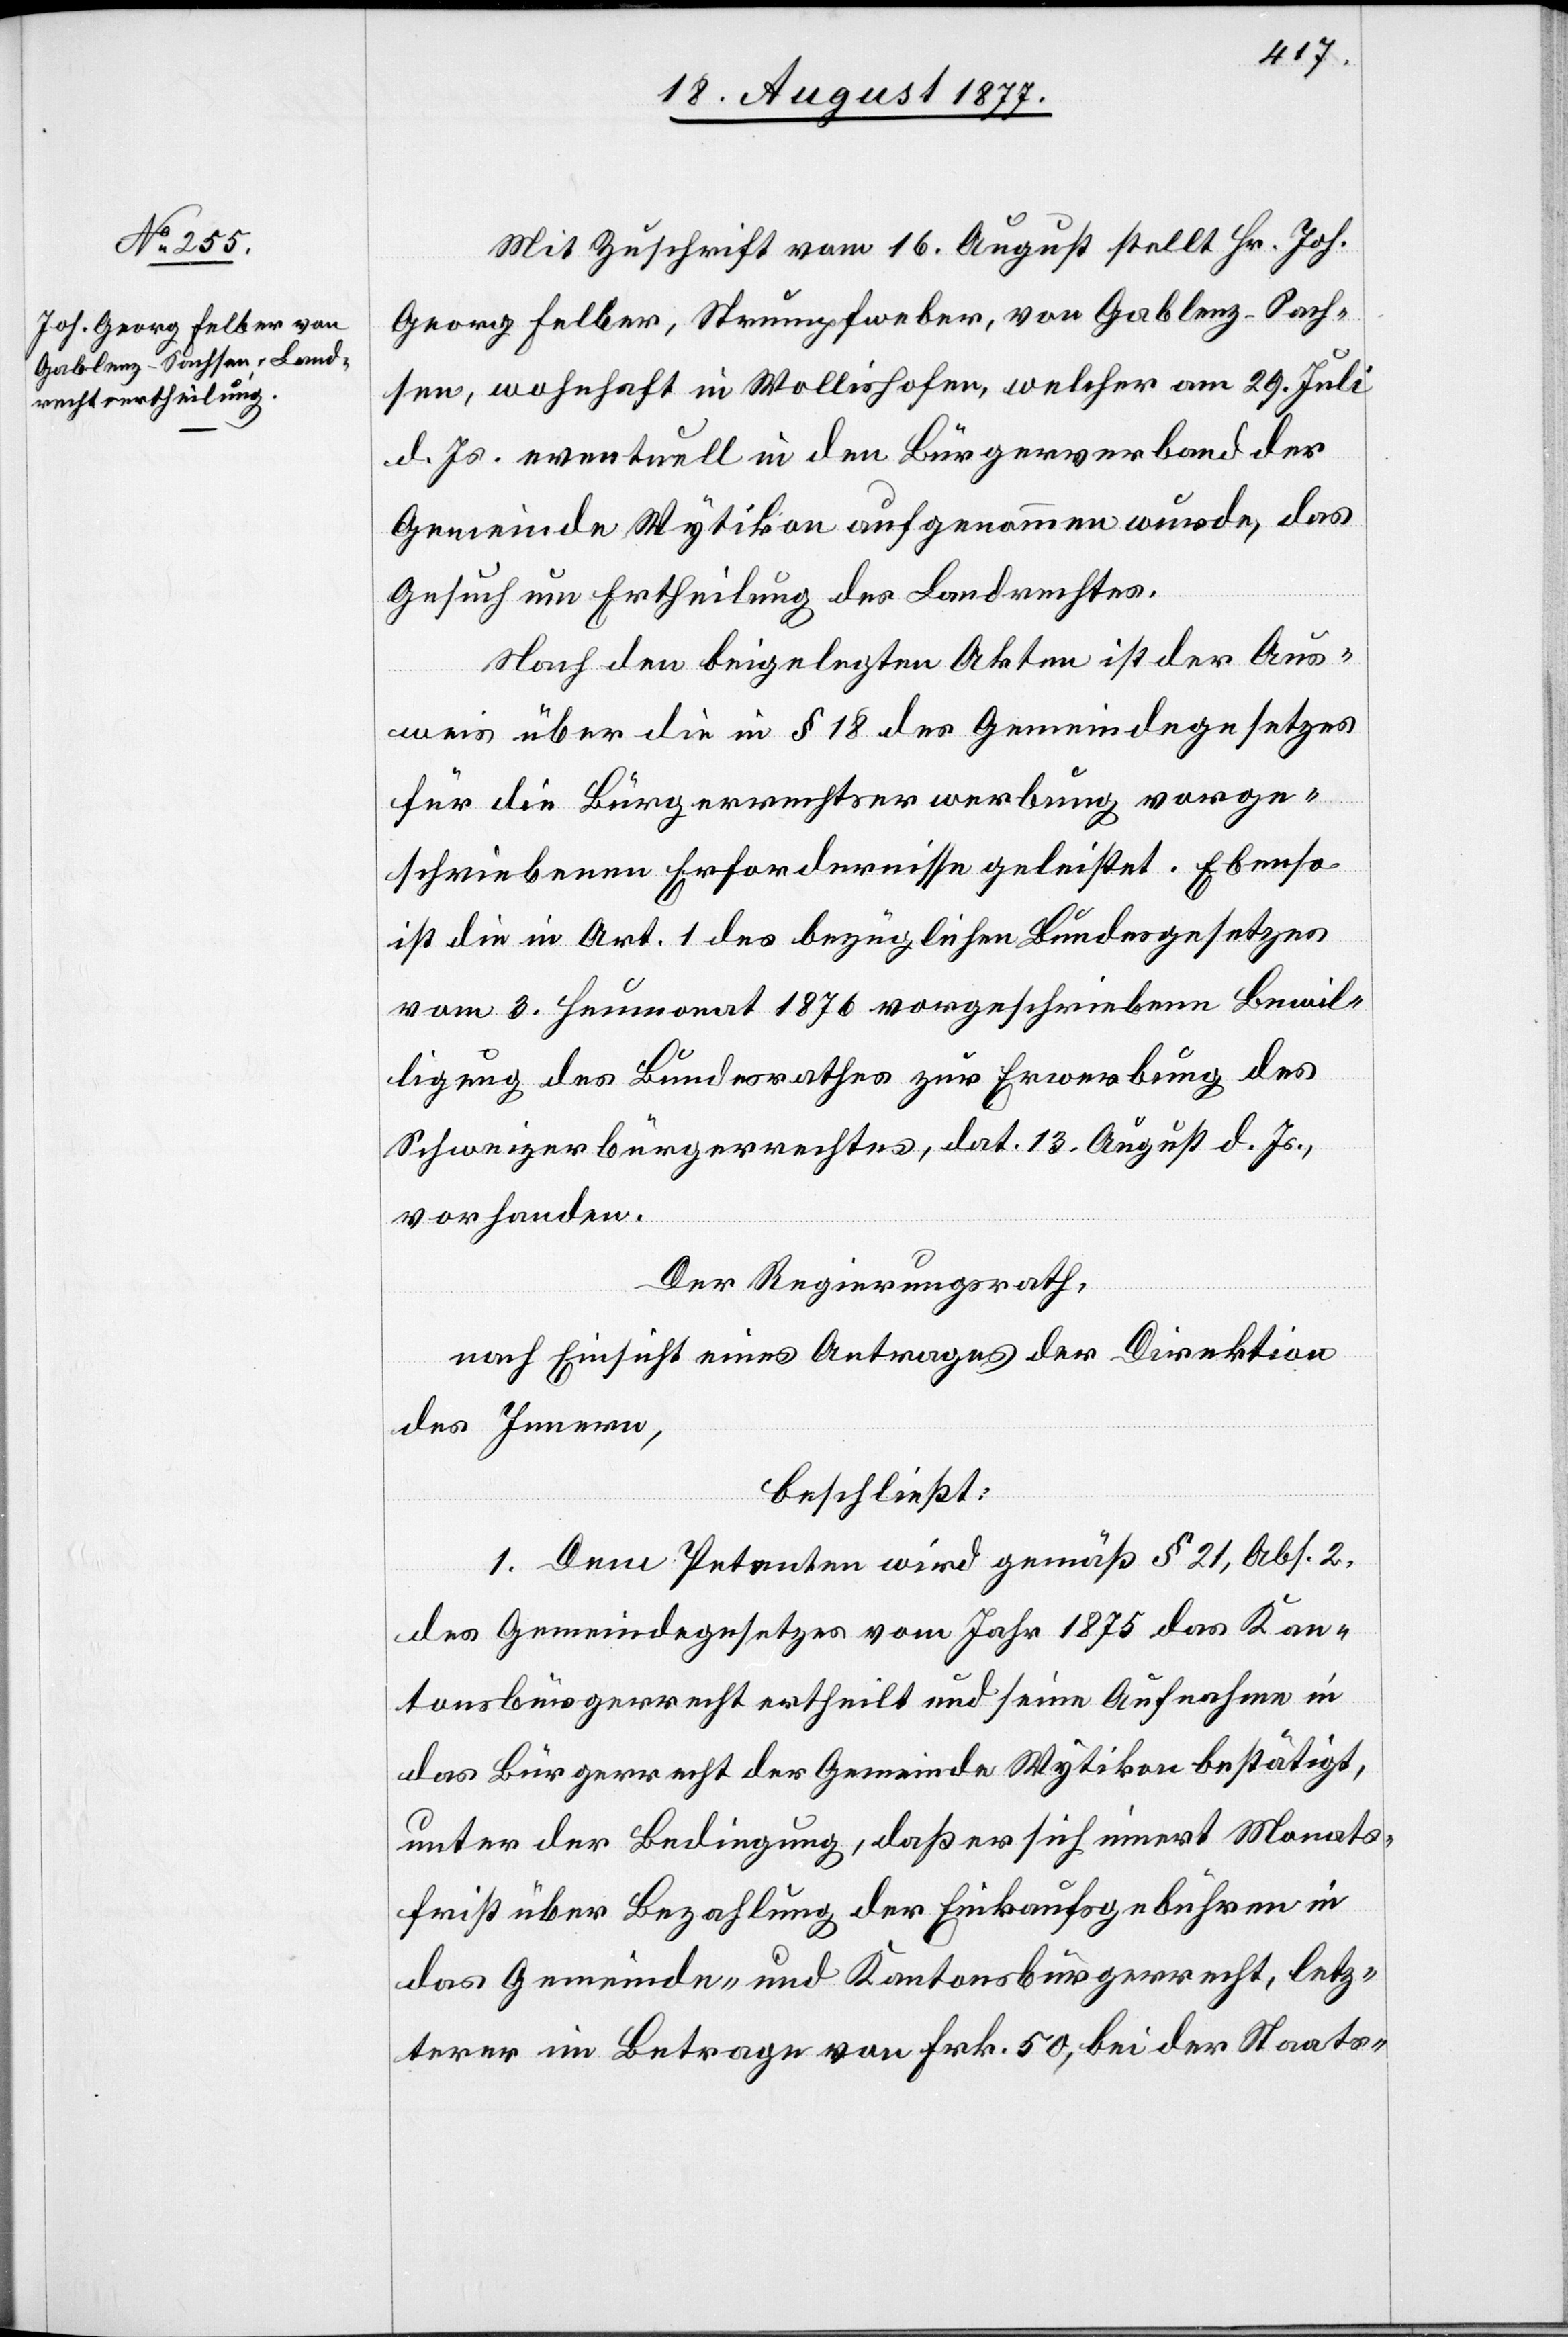
Mit Zuschrift vom 16. August stellt Hr. Joh.
Georg Felber, Strumpfweber, von Gablenz - Sach¬
sen, wohnhaft in Wollishofen, welcher am 29. Juli
d. Js. eventuell in den Bürgerverband der
Gemeinde Wytikon aufgenommen wurde, das
Gesuch um Ertheilung des Landrechtes.
Nach den beigelegten Akten ist der Aus¬
weis über die in § 18 des Gemeindegesetzes
für die Bürgerrechtserwerbung vorge¬
schriebenen Erfordernisse geleistet. Ebenso
ist die in Art. 1 des bezüglichen Bundesgesetzes
vom 3. Heumonat 1876 vorgeschriebene Bewil¬
ligung des Bundesrathes zur Erwerbung des
Schweizerbürgerrechtes, dat. 13. August d. Js.,
vorhanden.
Der Regierungsrath,
nach Einsicht eines Antrages der Direktion
des Innern,
beschließt:
1. Dem Petenten wird gemäß § 21, Abs. 2.
des Gemeindegesetzes vom Jahr 1875 das Kan¬
tonsbürgerrecht ertheilt und seine Aufnahme in
das Bürgerrecht der Gemeinde Wytikon bestätigt,
unter der Bedingung, daß er sich innert Monats¬
frist über Bezahlung der Einkaufsgebühren in
das Gemeinde- und Kantonsbürgerrecht, letz¬
terer im Betrage von Frk. 50, bei der Staats-